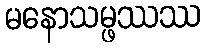
မနောသမ္ဖဿဿ